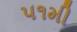
૫૧મી